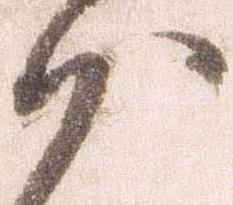
沙